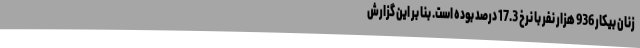
زنان بیکار 936 هزار نفر با نرخ 17.3 درصد بوده است. بنا بر این گزارش